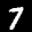
Label: 7